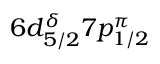
6 d _ { 5 / 2 } ^ { \delta } 7 p _ { 1 / 2 } ^ { \pi }